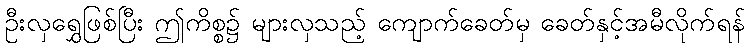
ဦးလှရွှေဖြစ်ပြီး ဤကိစ္စ၌ များလှသည့် ကျောက်ခေတ်မှ ခေတ်နှင့်အမီလိုက်ရန်